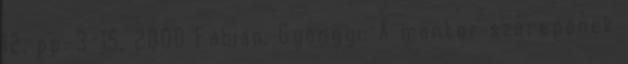
12. pp. 3-15. 2000 Fábián, Gyöngyi: A mentor szerepének